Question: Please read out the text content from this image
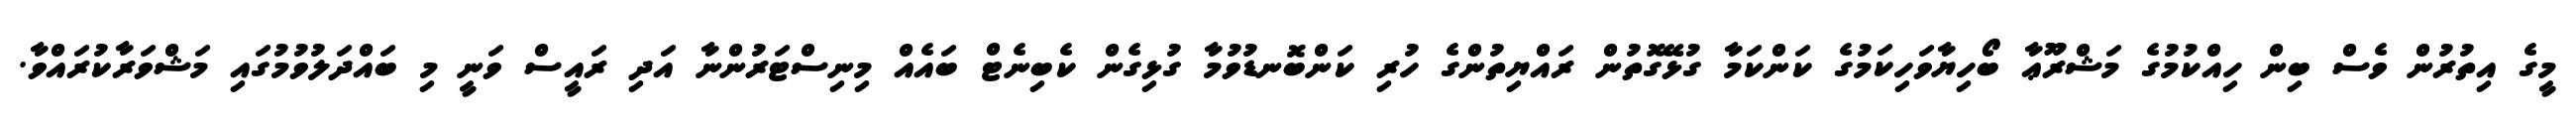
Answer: މީގެ އިތުރުން ވެސް ބިން ހިއްކުމުގެ މަޝްރޫޢާ ބޯހިޔާވަހިކަމުގެ ކަންކަމާ ގުޅޭގޮތުން ރައްޔިތުންގެ ހުރި ކަންބޮނޑުވުމާ ގުޅިގެން ކެބިނެޓް ބައެއް މިނިސްޓަރުންނާ އަދި ރައީސް ވަނީ މި ބައްދަލުވުމުގައި މަޝްވަރާކުރައްވާ.